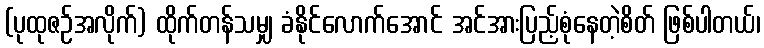
(ပုထုဇဉ်အလိုက်) ထိုက်တန်သမျှ ခံနိုင်လောက်အောင် အင်အားပြည့်စုံနေတဲ့စိတ် ဖြစ်ပါတယ်၊